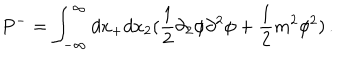
P ^ { - } = \int _ { - \infty } ^ { \infty } d x _ { + } d x _ { 2 } ( \frac { 1 } { 2 } \partial _ { 2 } \phi \partial ^ { 2 } \phi + \frac { 1 } { 2 } m ^ { 2 } \phi ^ { 2 } ) \, .